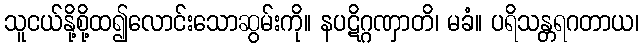
သူငယ်နို့စို့ထ၍လောင်းသောဆွမ်းကို။ နပဋိဂ္ဂဏှာတိ၊ မခံ။ ပရိသန္တရဂတာယ၊